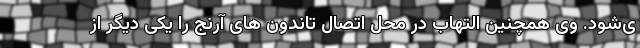
ی‌شود. وی همچنین التهاب در محل اتصال تاندون های آرنج را یکی دیگر از